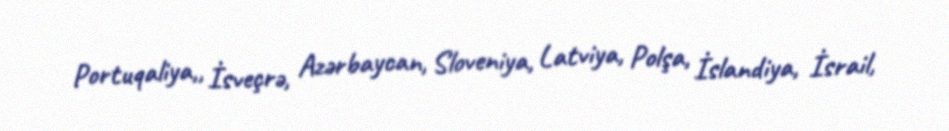
Portuqaliya,, İsveçrə, Azərbaycan, Sloveniya, Latviya, Polşa, İslandiya, İsrail,